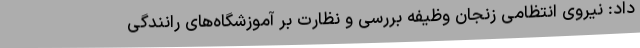
داد: نیروی انتظامی زنجان وظیفه بررسی و نظارت بر آموزشگاه‌های رانندگی